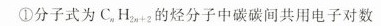
①分子式为C._{n}H_{2n+2}的烃分子中碳碳间共用电子对数